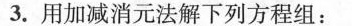
3. 用加减消元法解下列方程组：